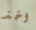
اخذ